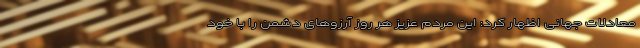
معادلات جهانی اظهار کرد: این مردم عزیز هر روز آرزوهای دشمن را با خود